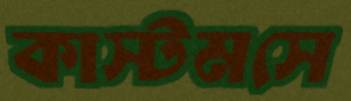
কাস্টমসে